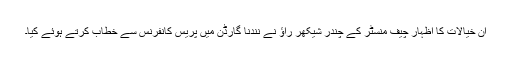
ان خیالات کا اظہار چیف منسٹر کے چندر شیکھر راؤ نے نندنا گارڈن میں پریس کانفرنس سے خطاب کرتے ہوئے کیا۔